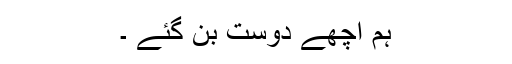
ہم اچھے دوست بن گئے ۔